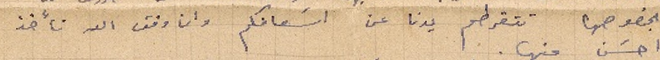
بخصوصها تتقرطم يدنا عن اسَعافكم وان وفق الله نأخذ